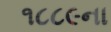
૧૮૮૯ના